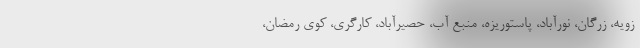
زویه، زرگان، نورآباد، پاستوریزه، منبع آب، حصیرآباد، کارگری، کوی رمضان،